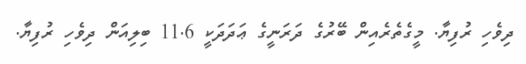
ދިވެހި ރުފިޔާ. މީގެތެރެއިން ބޭރުގެ ދަރަނީގެ ޢަދަދަކީ 11.6 ބިލިއަން ދިވެހި ރުފިޔާ.